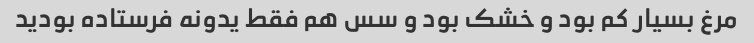
مرغ بسیار کم بود و خشک بود و سس هم فقط یدونه فرستاده بودید